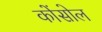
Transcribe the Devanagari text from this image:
कोंसोल